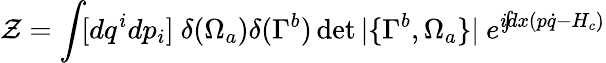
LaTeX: {\cal\mathcal{Z}}=\int\! [dq^{i}dp_{i}]~\delta(\Omega_{a})\delta(\Gamma^{b})\operatorname*{det}|\{ \Gamma^{b},\Omega_{a}\} |~e^{i\! \! \int\! \! dx(p\dot{{q}}-H_{c})}